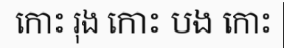
កោះ រុង កោះ បង កោះ